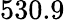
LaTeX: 530.9